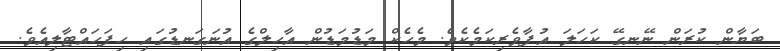
ބަޔާން ކުރަން ނޭނގޭ ކަހަލަ އުފާވެރިކަމެކެވެ. މެހެކް މަޑުމަޑުން އާހިލްގެ އުނަގަނޑުގައި ހިފަހައްޓާލިއެވެ.